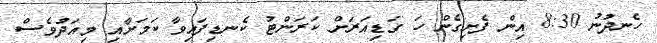
ހެނދުނު 8:30 އިން ފެށިގެން ހަ ގަޑިއަރަށް ކަރަންޓު ކެނޑިފައިވާ ކަމަށާއި މިއަދުވެސް